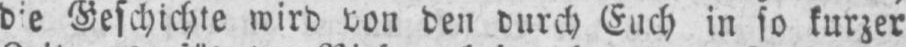
Geschichte wird von den durch Euch in so kurzer